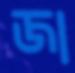
জা